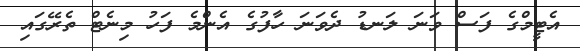
އެޓީމްގެ ފަސް ވަނަ ލަނޑު ދެވަނަ ހާފުގެ އެންމެ ފަހު މިނެޓް ތެރޭގައި